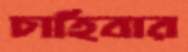
চাহিবার